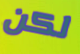
لكن